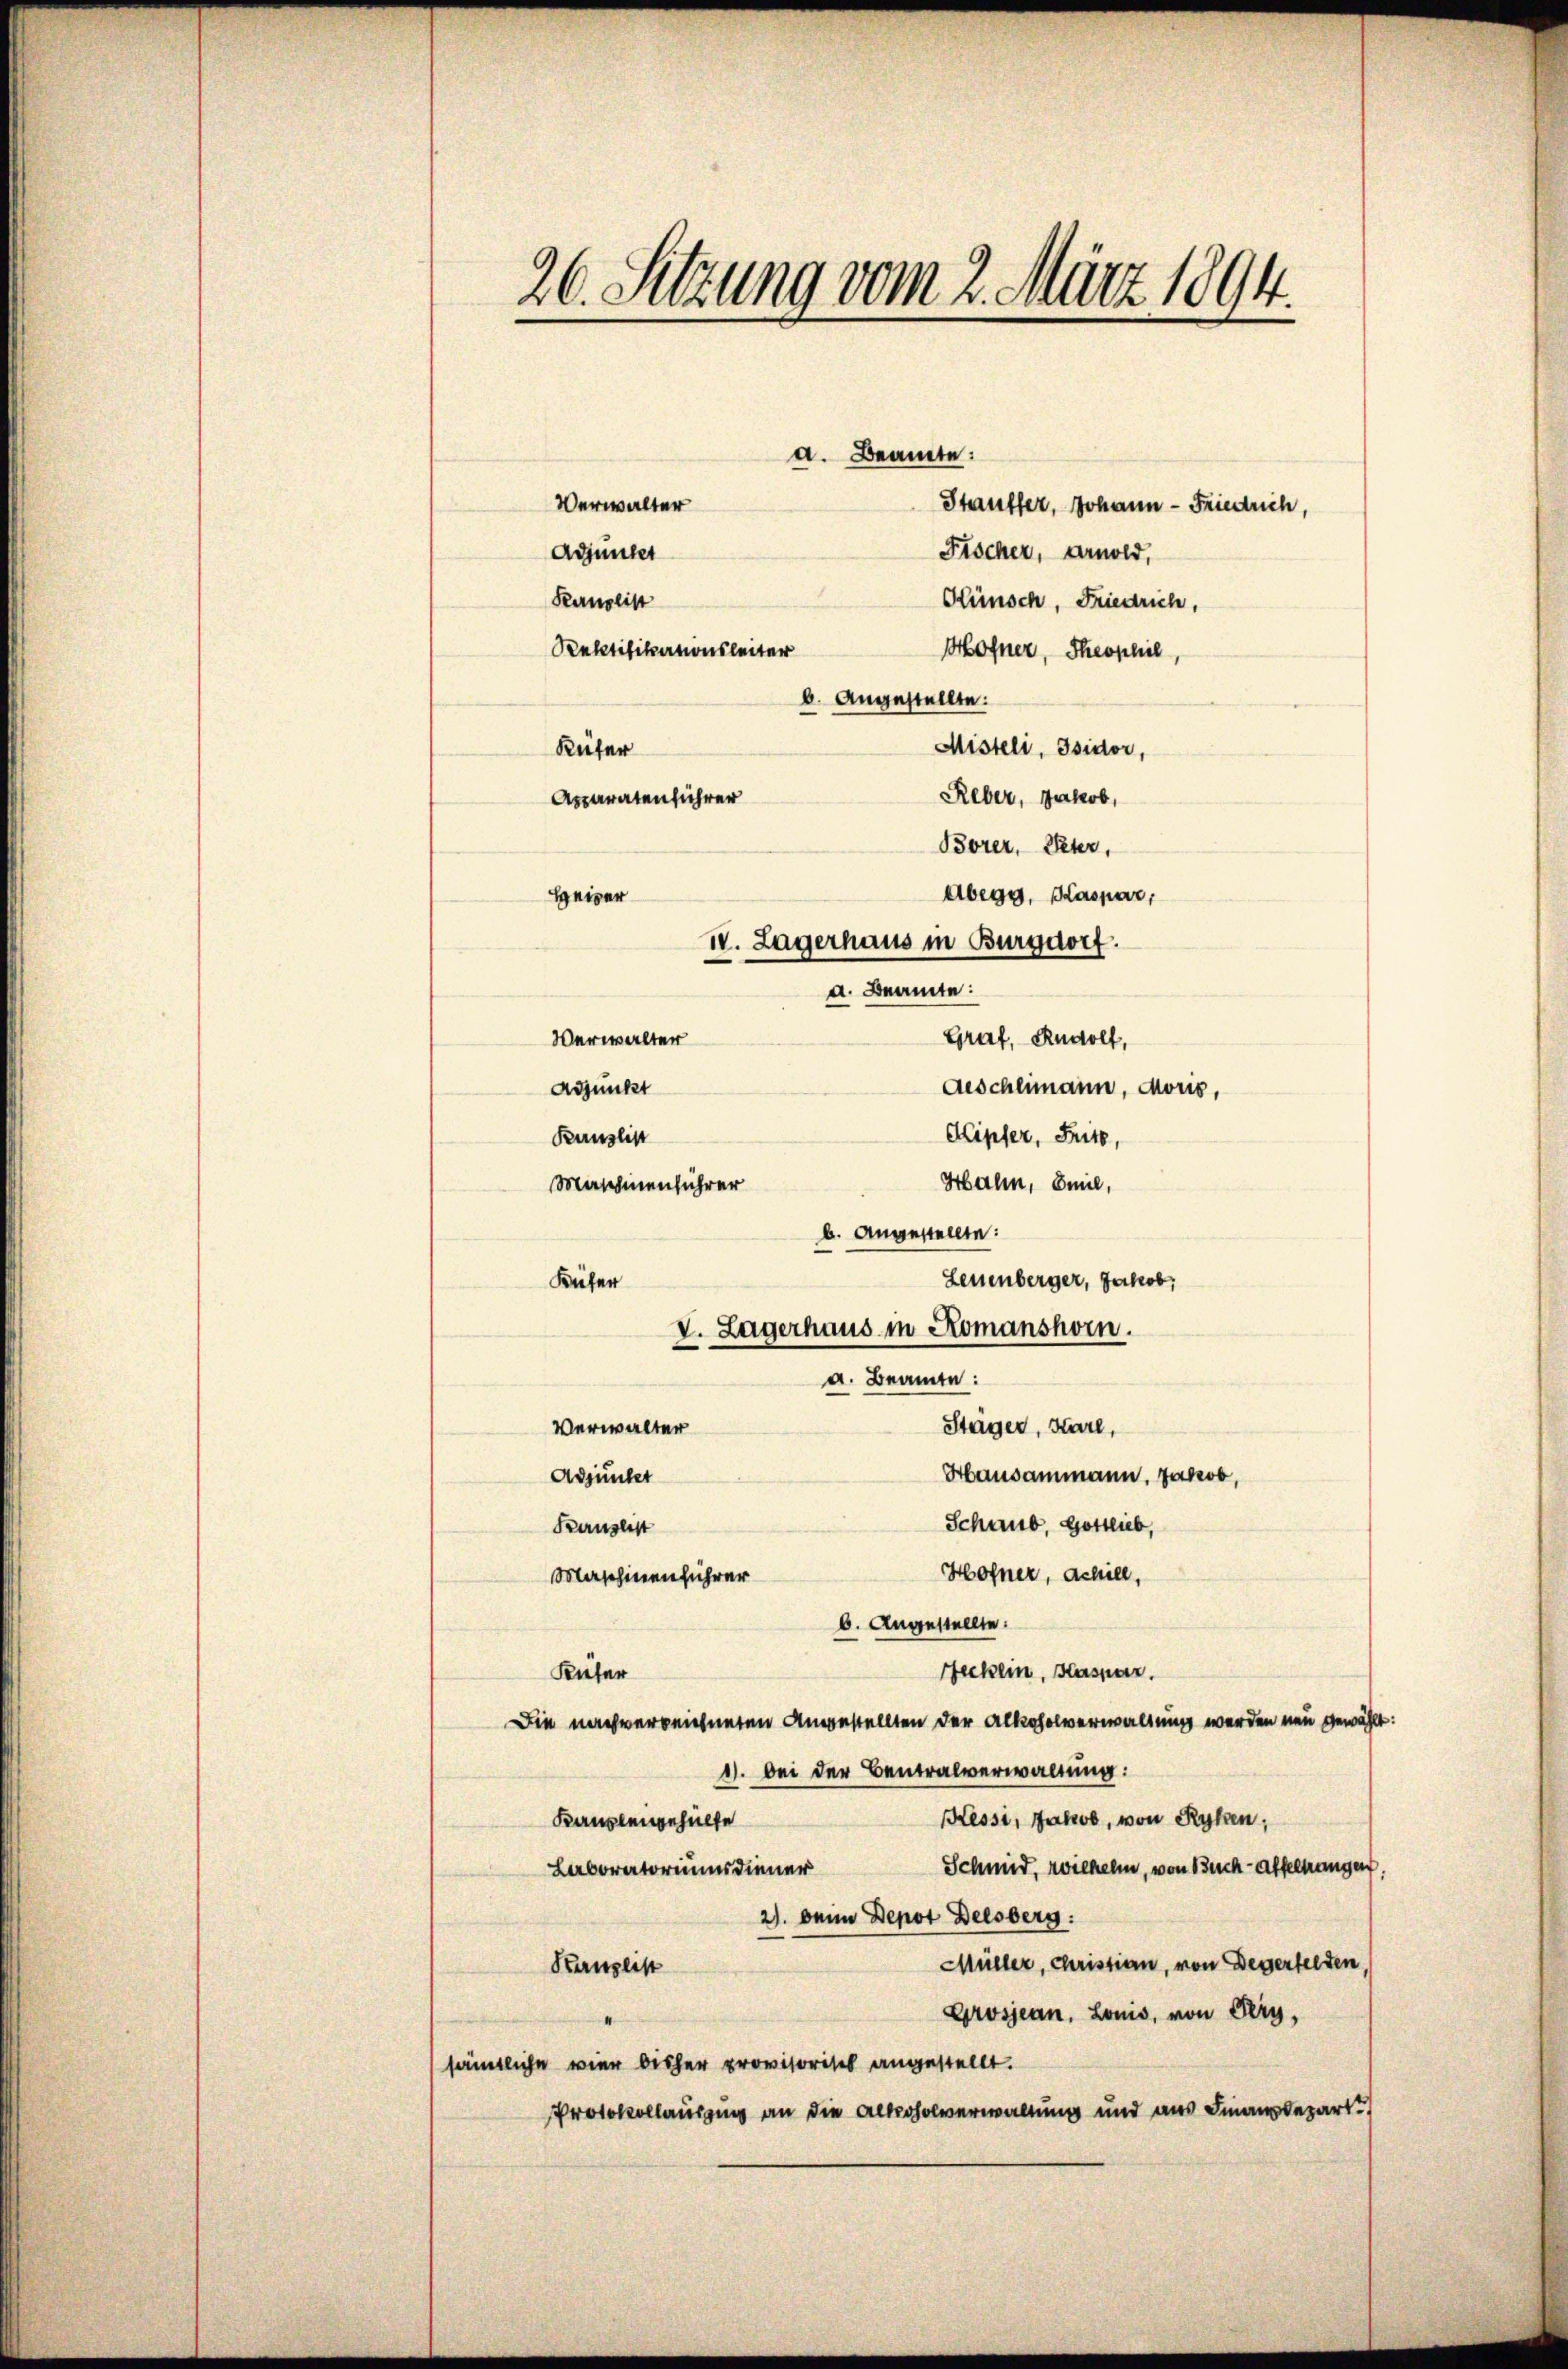
26. Setzung vom 2. März 1894.

a. Beamte:
Misteli, Isidor,
Reber, Jakob,
Hahn, Emil,
Maschinenführer
Leuenberger, Jakob,
Verwalter
Stäger, Karl,
Hausammann. Jakob,
Adjunker
Schaus, Gottlieb,
Kanslist
Hofner, Schill,
Maschinenführer
b. Angestellte.
Hecken, Kaspar
Küfer
Die nachverzeichneten Angestellten der Alkoholverwaltung werden neu gewählt:
1. bei der Centralverwaltung:
Kessi, Jakob, von Ryken,
Kanzleigehülfe
Schmid, Wilhelm, von Buch-Affeltrangen.
Laboratoriums diener
2). Deine Depot Delsberg:
Müller, Christian, von Degertelten,
Kanzlist
Grosjean, Louis, von Pery,
sämtliche vier bisher provisorisch angestellt.
Protokollausung an die Alkoholverwaltung und aus Finanzdepart

Verwalter
Adjünger
Kanslist

b. angestellte:
Küfer
Apparatenführer
Heizer

Rektifikationsleiter

Borer, Peter,
Abegg, Kaspar,
IV. Lagerhaus in Burgdorf.
a. Beamte:
Graf, Rudolf,
Verwalter
Adjunkt
Aeschlimann, Moris,
Kipfer, Fritz,
Kanzlist

b. angestellte:
Küfer
V. Lagerhaus in Romanshorn.
a. Beamte:

Stauffer, Johann - Friedrich,
Fischer, Arnold,
Künsch, Friedrich,
Mofner, Theophie,